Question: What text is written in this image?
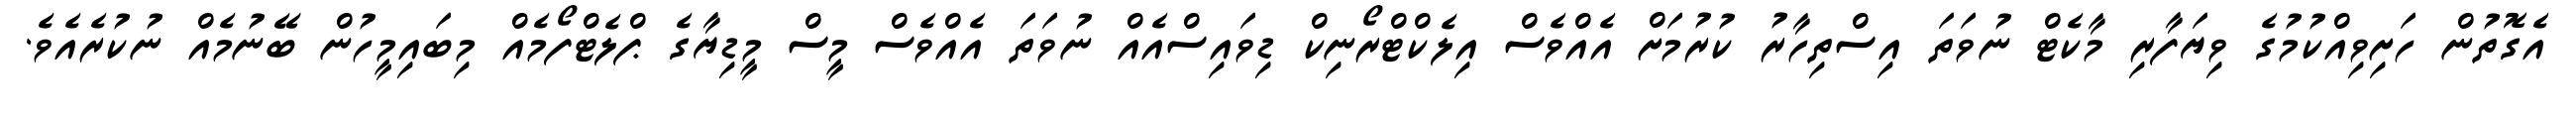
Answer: އެގޮތުން ހަށިވިއްކުމުގެ ވިޔަފާރި މާކެޓް ނުވަތަ އިސްތިހާރު ކުރުމަށް އެއްވެސް އިލެކްޓްރޯނިކް ޑިވައިސްއެއް ނުވަތަ އެއްވެސް މީސް މީޑިޔާގެ ޕްލެޓްފޯމެއް މިބައިމީހުން ބޭނުމެއް ނުކުރެއެވެ.